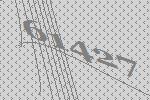
61427